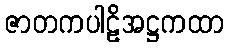
ဇာတကပါဠိအဋ္ဌကထာ